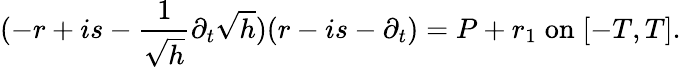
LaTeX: (-r+is-\frac{1}{\sqrt{h}}\partial_{t}\sqrt{h})(r-is-\partial_{t})=P+r_{1}\; \mathrm{on}\; [-T,T].